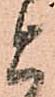
と